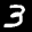
Label: 3